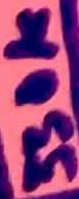
Text: 330K